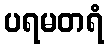
ပရမတရံ